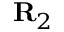
{ \bf R } _ { 2 }